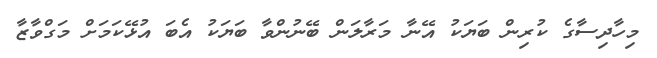
މިހާދިސާގެ ކުރިން ބަޔަކު އޭނާ މަރާލަން ބޭނުންވާ ބަޔަކު އެބަ އުޅޭކަމަށް މަގްވާޒާ